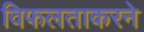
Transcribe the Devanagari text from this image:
विफलताकरने